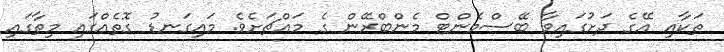
ތަކާއި އޭގެ ދަށުގައިވާ ބޭސްމެންޓް މެންބްރޭން ގެ މައްޗަށެވެ. މައިގަނޑު ގޮތެއްގައި މިތާގައި